Scientific memoirs by medical officers of the Army of India - Part III,
Year: 1887
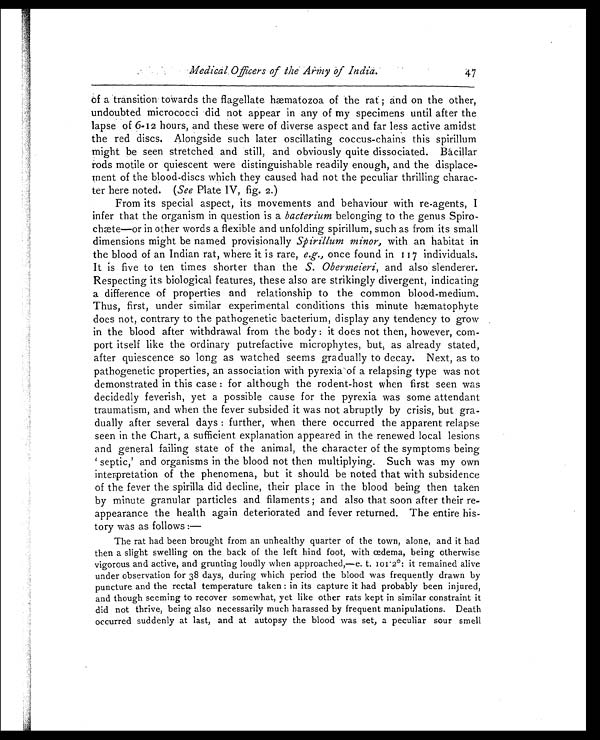
Medical Officers of the Army of India.
47
of a transition towards the flagellate, hæmatozoa of the rat; and on the other,
undoubted micrococci did not appear in any of my specimens until after the
lapse of 6-12 hours, and these were of diverse aspect and far less active amidst
the red discs. Alongside such later oscillating coccus-chains this spirillum
might be seen stretched and still, and obviously quite dissociated. Bacillar
rods motile or quiescent were distinguishable readily enough, and the displace
-ment of the blood-discs which they caused had not the peculiar thrilling charac
-ter here noted. ( See Plate IV, fig. 2.)
From its special aspect, its movements and behaviour with re-agents, I
infer that the organism in question is a bacterium belonging to the genus Spiro
-chæte—or in other words a flexible and unfolding spirillum, such as from its small
dimensions might be named provisionally Spirillum minor, with an habitat in
the blood of an Indian rat, where it is rare, e.g., once found in 117 individuals.
It is five to ten times shorter than the S. Obermeieri, and also slenderer.
Respecting its biological features, these also are strikingly divergent, indicating
a difference of properties and relationship to the common blood-medium.
Thus, first, under similar experimental conditions this minute hæmatophyte
does not, contrary to the pathogenetic bacterium, display any tendency to grow
in the blood after withdrawal from the body: it does not then, however, com-
-port itself like the ordinary putrefactive microphytes, but, as already stated,
after quiescence so long as watched seems gradually to decay. Next, as to
pathogenetic properties, an association with pyrexia of a relapsing type was not
demonstrated in this case: for although the rodent-host when first seen was
decidedly feverish, yet a possible cause for the pyrexia was some attendant
traumatism, and when the fever subsided it was not abruptly by crisis, but gra
-dually after several days: further, when there occurred the apparent relapse
seen in the Chart, a sufficient explanation appeared in the renewed local lesions
and general failing state of the animal, the character of the symptoms being
'septic,' and organisms in the blood not then multiplying. Such was my own
interpretation of the phenomena, but it should be noted that with subsidence
of the fever the spirilla did decline, their place in the blood being then taken
by minute granular particles and filaments; and also that soon after their re
-appearance the health again deteriorated and fever returned. The entire his
-tory was as follows:—
The rat had been brought from an unhealthy quarter of the town, alone, and it had
then a slight swelling on the back of the left hind foot, with œdema, being otherwise
vigorous and active, and grunting loudly when approached,—e. t. 101·2°: it remained alive
under observation for 38 days, during which period the blood was frequently drawn by
puncture and the rectal temperature taken: in its capture it had probably been injured,
and though seeming to recover somewhat, yet like other rats kept in similar constraint it
did not thrive, being also necessarily much harassed by frequent manipulations. Death
occurred suddenly at last, and at autopsy the blood was set, a peculiar sour smell